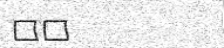
٦٧